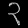
Digit: ၃